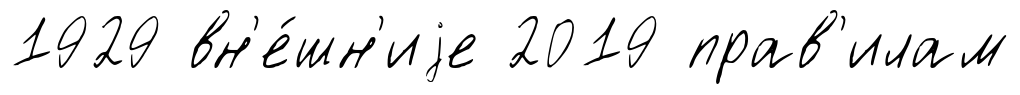
1929 вн'е́шн'иjе 2019 прав'илам